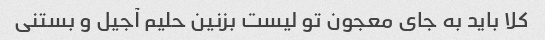
کلا باید به جای معجون تو لیست بزنین حلیم آجیل و بستنی